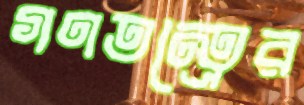
গণতন্ত্রের